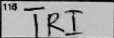
Transcription: TRI